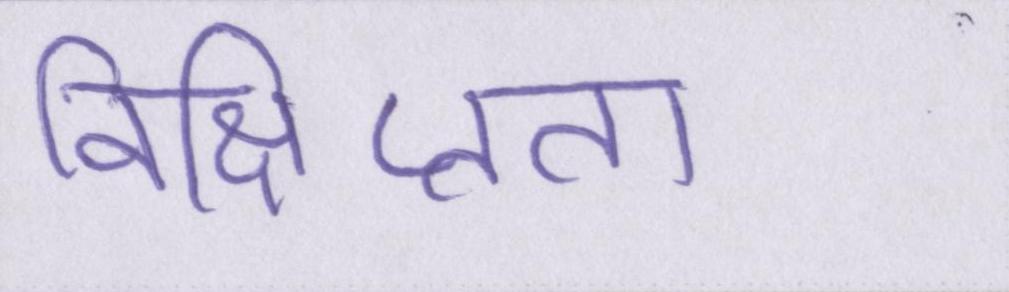
विक्षिप्तता